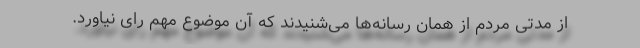
از مدتی مردم از همان رسانه‌ها می‌شنیدند که آن موضوع مهم رای نیاورد.